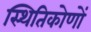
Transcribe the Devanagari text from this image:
स्थितिकोणों